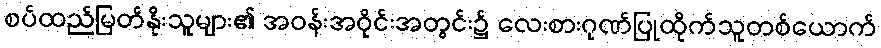
စပ်ထည်မြတ်နိုးသူများ၏ အဝန်းအဝိုင်းအတွင်း၌ လေးစားဂုဏ်ပြုထိုက်သူတစ်ယောက်